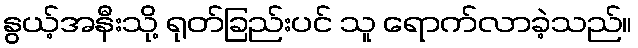
နွယ့်အနီးသို့ ရုတ်ခြည်းပင် သူ ရောက်လာခဲ့သည်။